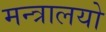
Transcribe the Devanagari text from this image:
मन्त्रालयो